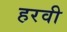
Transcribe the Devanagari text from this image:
हरवी